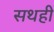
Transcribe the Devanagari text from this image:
सथही